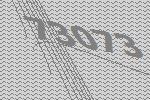
73073